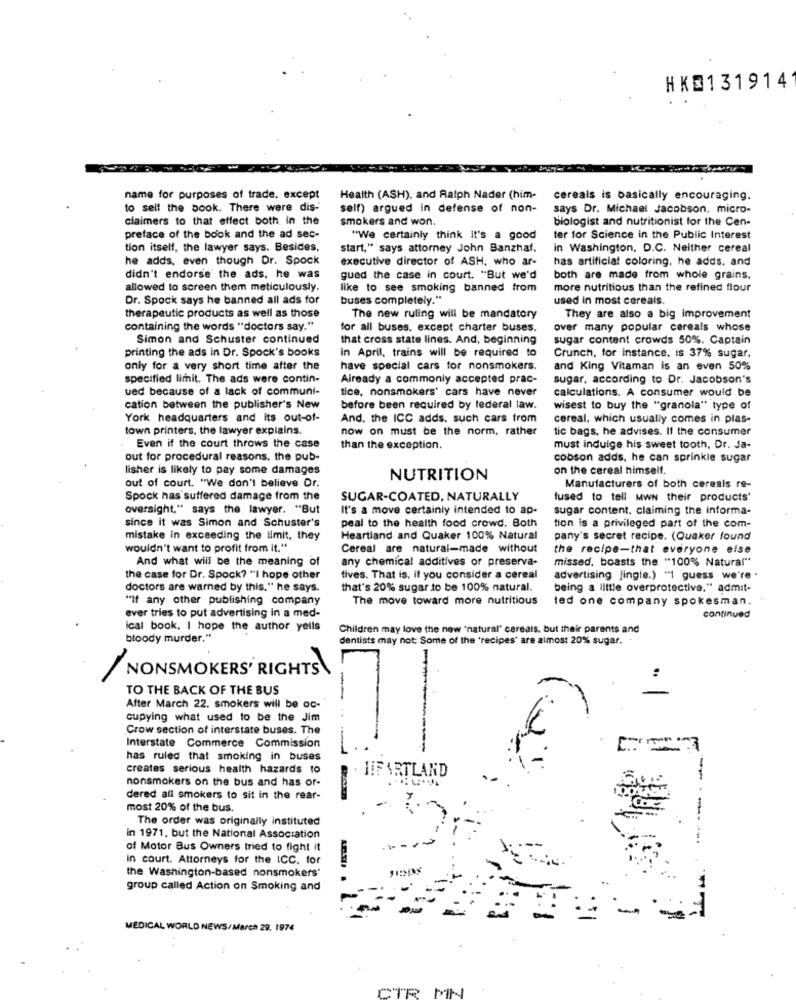
HKD131914
name for purposes of trade, except
Health (ASH), and Ralph Nader (him-
cereals is basically encouraging.
to sell the book. There were dis-
self) argued in defense of non-
says Dr. Michael Jacobson. micro-
claimers to that effect both in the
smokers and won.
biologist and nutritionist for the Cen-
preface of the book and the ad sec-
"We certainly think it's a good
ter for Science in the Public Interest
tion itself, the lawyer says. Besides,
start," says attorney John Banzhaf.
in Washington, D.C. Neither cereal
he adds, even though Dr. Spock
executive director of ASH, who ar-
has artificial coloring, he adds, and
didn't endorse the ads, he was
gued the case in court. "But we'd
both are made from whole grains.
allowed to screen them meticulously.
like to see smoking banned from
more nutritious than the refined flour
Dr. Spock says he banned all ads for
buses completely."
used in most cereals.
therapeutic products as well as those
The new ruling will be mandatory
They are also a big Improvement
containing the words "doctors say."
for all buses, except charter buses.
over many popular cereals whose
Simon and Schuster continued
that cross state lines. And, beginning
sugar content crowds 50%. Captain
printing the ads in Dr. Spock's books
in April, trains will be required to
Crunch, for instance. is 37% sugar,
only for a very short time after the
have special cars for nonsmokers.
and King Vitaman is an even 50%
specified limit. The ads were contin-
Already a commonly accepted prac-
sugar, according to Dr. Jacobson's
ued because of a lack of communi-
tice, nonsmokers' cars have never
calculations. A consumer would be
cation between the publisher's New
before been required by federal law.
wisest to buy the "granola" type of
York headquarters and its out-of-
And. the ICC adds, such cars from
cereal, which usually comes in plas-
town printers. the lawyer explains.
now on must be the norm, rather
tic bags, he advises. If the consumer
Even if the court throws the case
than the exception.
must indulge his sweet tooth, Dr. Ja-
out for procedural reasons. the pub-
cobson adds, he can sprinkle sugar
lisher is likely to pay some damages
on the cereal himself.
NUTRITION
out of court. "We don't believe Dr.
Manufacturers of both cereals re-
Spock has suffered damage from the
SUGAR-COATED, NATURALLY
fused to tell MWN their products'
oversight," says the lawyer. "But
It's a move certainly intended to ap-
sugar content, claiming the informa-
since it was Simon and Schuster's
peal to the health food crowd. Both
tion is a privileged part of the com-
mistake in exceeding the limit, they
Heartland and Quaker 100% Natural
pany's secret recipe. (Quaker found
wouldn't want to profit from it."
Cereal are natural-made without
the recipe-that everyone else
And what will be the meaning of
any chemical additives of preserva-
missed. boasts the "100% Natural"
the case for Dr. Spock? "I hope other
tives. That is, if you consider a cereal
advertising jingle.) "1 guess we're .
doctors are warned by this." he says.
that's 20% sugar to be 100% natural.
being a little overprotective." admit-
"If any other publishing company
The move toward more nutritious
ted one company spokesman.
ever tries to put advertising in a med-
continued
ical book. I hope the author yells
Children may love the new "natural" cereals, but their parents and
bloody murder."
dentists may not: Some of the 'recipes' are almost 20% sugar.
NONSMOKERS' RIGHTS
..
TO THE BACK OF THE BUS
After March 22. smokers will be oc-
cupying what used to be the Jim
- ..
Crow section of interstate buses. The
Interstate Commerce Commission
--
has ruled that smoking in buses
creates serious health hazards to
nonsmokers on the bus and has or-
HIFARTLAND
dered ali smokers to sit in the rear-
most 20% of the bus.
The order was originally instituted
in 1971, but the National Association
of Motor Bus Owners tried to fight it
------.
in court. Attorneys for the ICC, for
the Washington-based nonsmokers'
group called Action on Smoking and
-
MEDICAL WORLD NEWS/Marca 29, 1974
CTR MIN